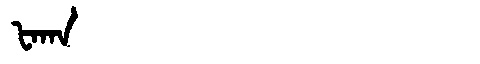
Manchu: ᡶᠠᡴᠠ
Romanization: FAKA